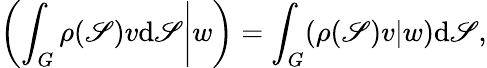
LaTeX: \left.\left(\int_{G}\rho(\mathscr{S})v\mathrm{d}\mathscr{S}\right|w\right)=\int_{G}(\rho(\mathscr{S})v|w)\mathrm{d}\mathscr{S},